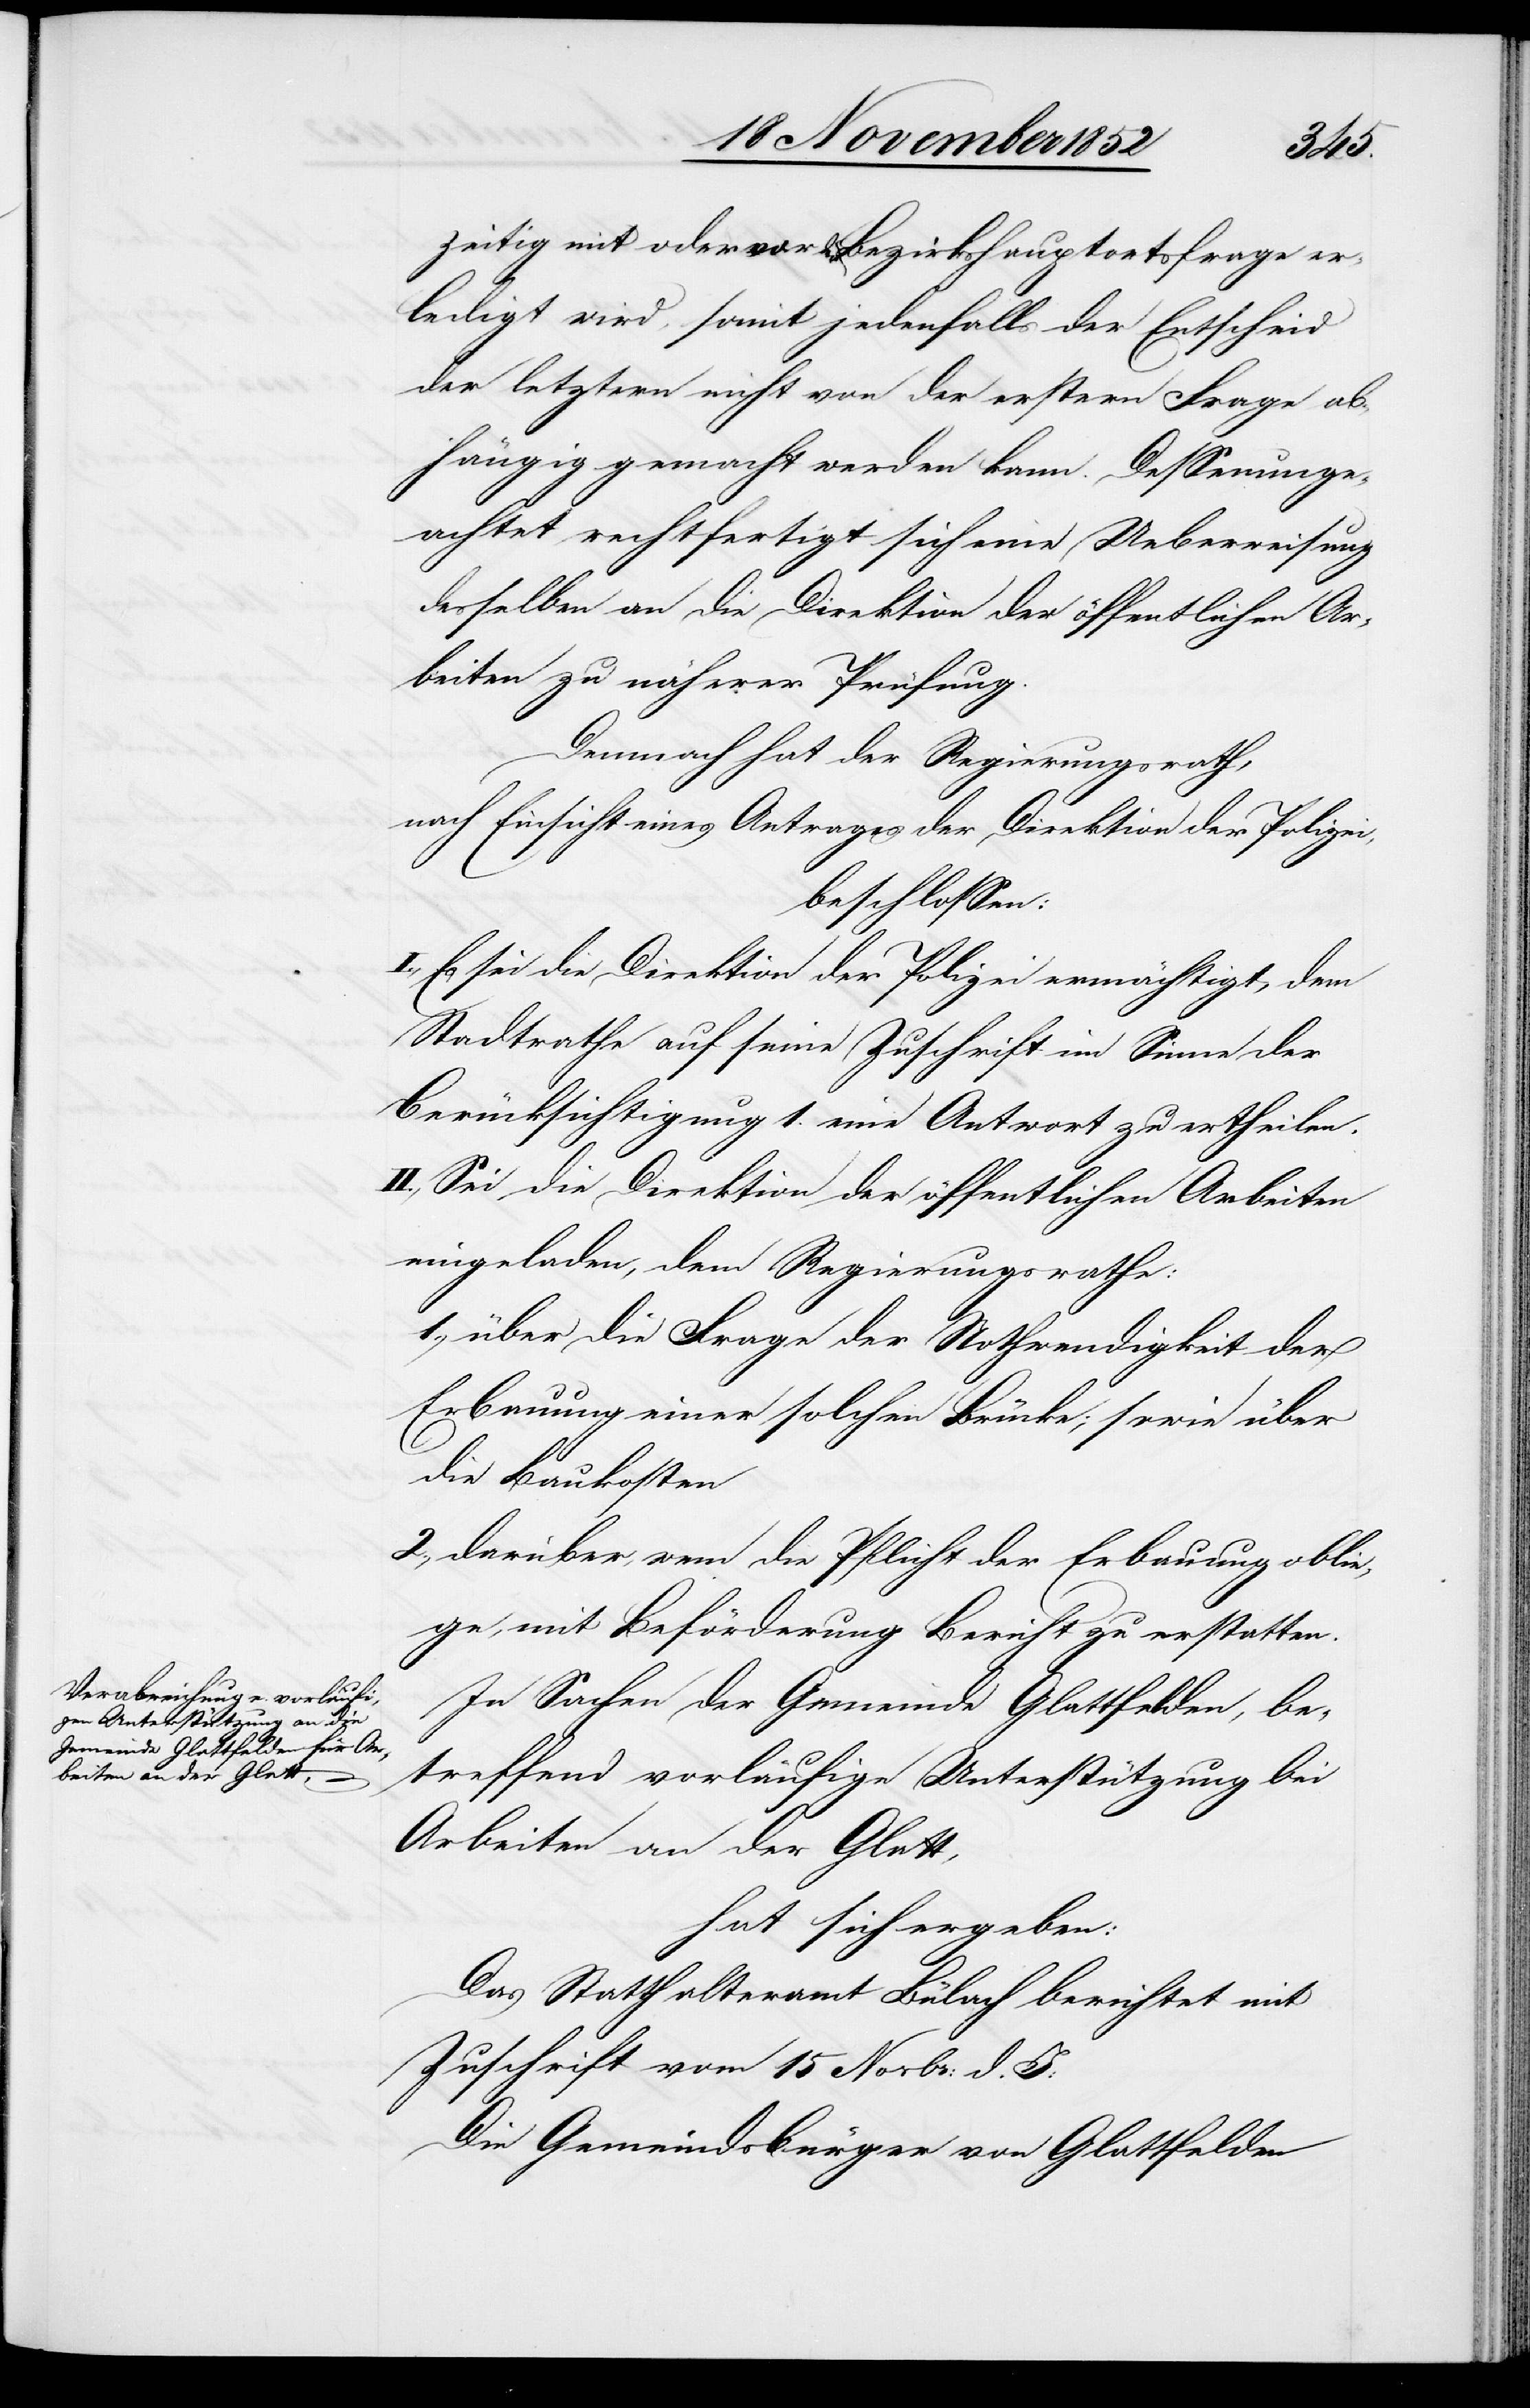
zeitig mit oder vor der Bezirkshauptortsfrage er¬
ledigt wird, somit jedenfalls der Entscheid
der letztern nicht von der erstern Frage ab¬
hängig gemacht werden kann. Dessenunge¬
achtet rechtfertigt sich eine Ueberweisung
desselben an die Direktion der öffentlichen Ar¬
beiten zu näherer Prüfung.
Demnach hat der Regierungsrath,
nach Einsicht eines Antrages der Direktion der Polizei,
beschlossen:
I., Es sei die Direktion der Polizei ermächtigt, dem
Stadtrathe auf seine Zuschrift im Sinne der
Berücksichtigung 1. eine Antwort zu ertheilen.
II., Sei die Direktion der öffentlichen Arbeiten
eingeladen, dem Regierungsrathe:
1., über die Frage der Nothwendigkeit der
Erbauung einer solchen Brücke; sowie über
die Baukosten
2., darüber, wem die Pflicht der Erbauung oblie¬
ge, mit Beförderung Bericht zu erstatten.
In Sachen der Gemeinde Glattfelden, be¬
treffend vorläufige Unterstützung bei
Arbeiten an der Glatt,
hat sich ergeben:
Das Statthalteramt Bülach berichtet mit
Zuschrift vom 15 Novbr: d. J:
Die Gemeindsbürger von Glattfelden